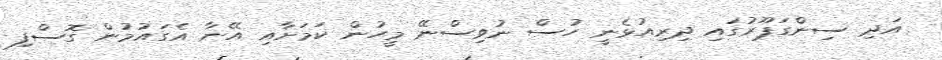
އަދި ސިންގަޕޫރުގައި ދިރިއުޅެނީ ހުސް ނުވިސްނޭ މީހުން ކަމަށާއި އޭނާ އެގައުމުން ގޮސްފި